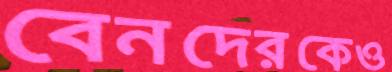
বেনদেরকেও